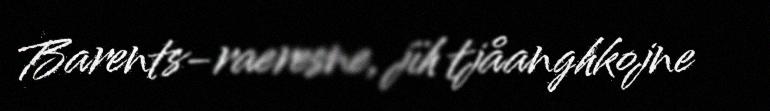
Barents-raeresne, jïh tjåanghkojne